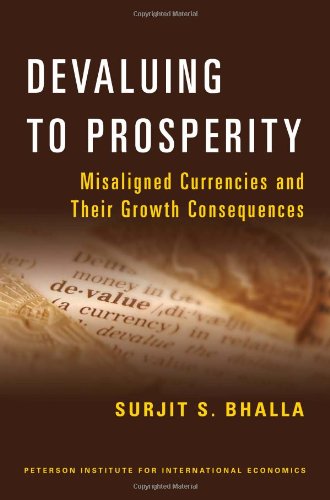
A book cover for Devaluing to Prosperity: Misaligned Currencies and Their Growth Consequences; Surjit S. Bhalla; Business & Money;